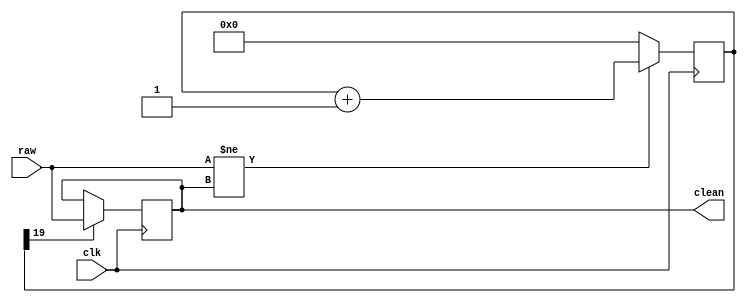
`timescale 1ns / 1ps
//////////////////////////////////////////////////////////////////////////////////
// Company: 
// Engineer: 
// 
// Design Name: 
// Module Name:    debouncer 
// Project Name: 
// Target Devices: 
// Tool versions: 
// Description: 
//
// Dependencies: 
//
// Revision: 
// Revision 0.01 - File Created
// Additional Comments: 
//
//////////////////////////////////////////////////////////////////////////////////
module debouncer(input raw, clk,
						output reg clean = 0
    );
	 
	 parameter N = 19; // lg(0.01 seconds * 100*10^6 cycles/second) = 19
	 reg [N:0] count;
	 
	 always @(posedge clk) 
		begin
			count <= (raw != clean ) ? count + 1 : 0;
			clean <= (count[N] == 1) ? raw : clean;
		end
endmodule